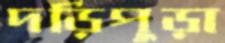
দড়িপুড়া